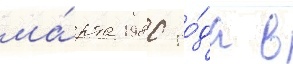
ма́рта 1980 го́да в